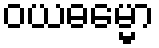
ဝယဓမ္မော